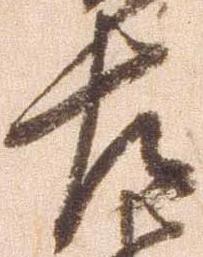
左